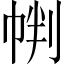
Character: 𱜩